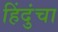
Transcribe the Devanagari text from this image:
हिंदुंचा